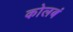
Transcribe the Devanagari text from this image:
कोलबं